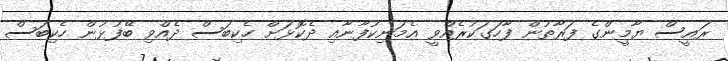
ރައީސް ޔާމީންގެ ފަރާތުން ފާހަގަކުރެއްވީ އެމަނިކުފާނާއި ދެކޮޅަށް ހެކިބަސް ދެއްވި ބޭފުޅުން ހެކިބަސް